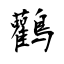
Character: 鸛